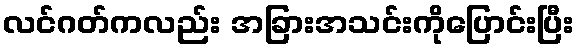
လင်ဂတ်ကလည်း အခြားအသင်းကိုပြောင်းပြီး